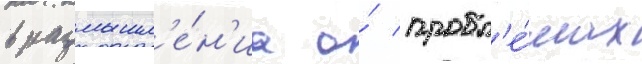
в размышл'е́н'иа о́ пробл'е́мах